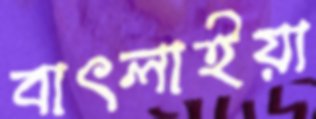
বাৎলাইয়া